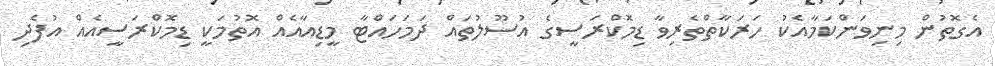
އެގޮތުން މިނިވަންކަމާއެކު ހަރަކާތްތެރިވާ ޑިމޮކްރަސީގެ އުސޫލުތައް ދަމަހައްޓާ މީޑިއާއެއް އޮތުމަކީ ޑިމޮކްރަސީއެއް އުފެދި